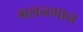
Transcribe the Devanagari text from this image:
मलनगान